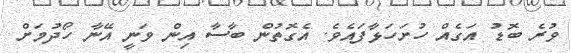
ވުރެ ބޮޑު އަގެއް ހުށަހަޅާފައެވެ. އެގޮތުން ބާސާ އިން ވަނީ އޭނާ ހޯދުމަށް